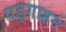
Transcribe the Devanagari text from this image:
पड्गाहन